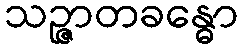
သဉ္ဇာတခန္ဓော